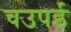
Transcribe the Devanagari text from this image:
चउपई